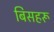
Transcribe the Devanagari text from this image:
बिसहरू